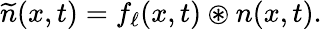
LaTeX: \widetilde{n}(x,t)=f_{\ell}(x,t)\circledast n(x,t).